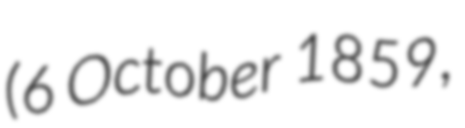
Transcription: (6 October 1859,